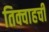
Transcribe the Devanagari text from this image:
तिक्वाहची